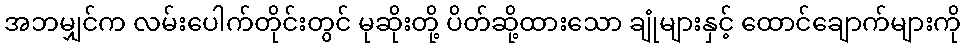
အဘမျှင်က လမ်းပေါက်တိုင်းတွင် မုဆိုးတို့ ပိတ်ဆို့ထားသော ချုံများနှင့် ထောင်ချောက်များကို